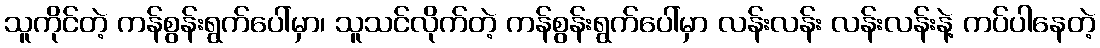
သူကိုင်တဲ့ ကန်စွန်းရွက်ပေါ်မှာ၊ သူသင်လိုက်တဲ့ ကန်စွန်းရွက်ပေါ်မှာ လန်းလန်း လန်းလန်းနဲ့ ကပ်ပါနေတဲ့